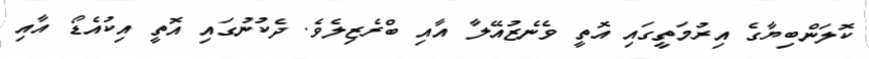
ކޮލަންބިޔާގެ އިރުމަތީގައި އޮތީ ވެނެޒުއޭލާ އާއި ބްރެޒިލެވެ. ދެކުނުގައި އޮތީ އިކުއެޑޯ އާއި